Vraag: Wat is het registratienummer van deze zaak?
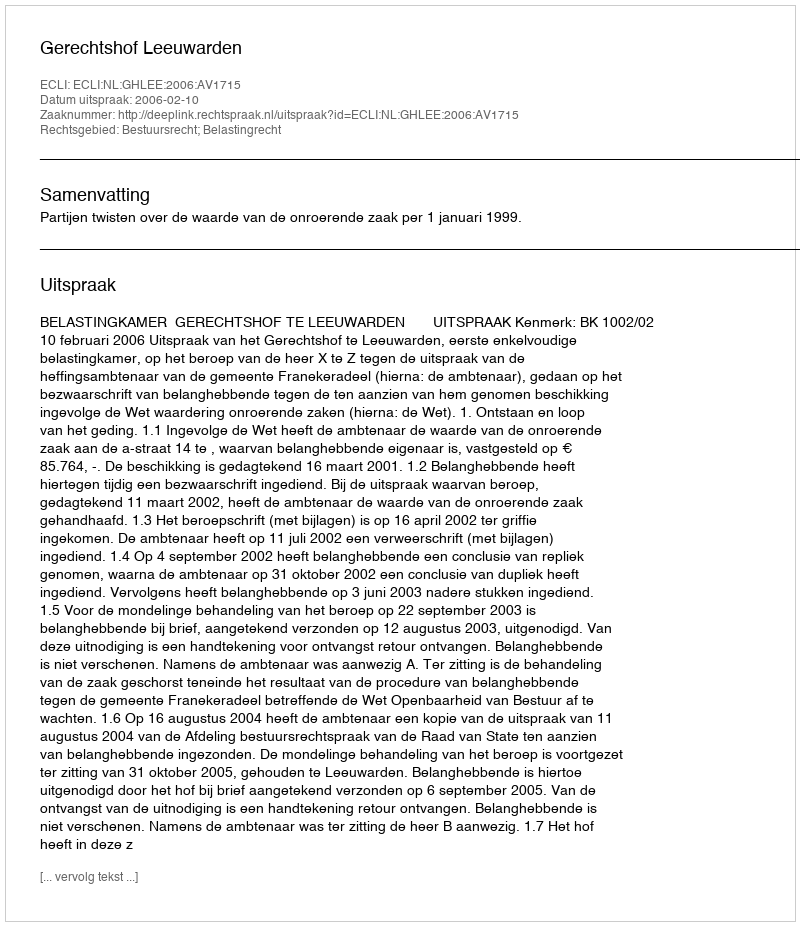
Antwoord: http://deeplink.rechtspraak.nl/uitspraak?id=ECLI:NL:GHLEE:2006:AV1715